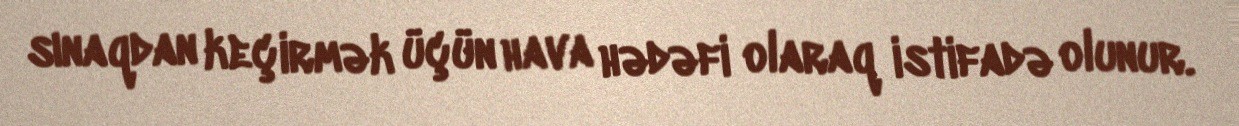
sınaqdan keçirmək üçün hava hədəfi olaraq istifadə olunur.